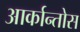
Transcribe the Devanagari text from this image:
आर्कान्तोस